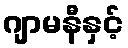
ဂျာမနီနှင့်